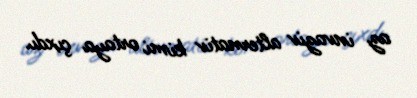
az invaziv alternativ kimi ortaya çıxdı.